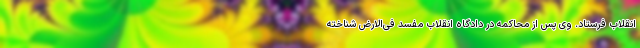
انقلاب فرستاد. وی پس از محاکمه در دادگاه انقلاب مفسد فی‌الارض شناخته